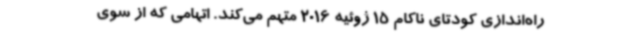
راه‌اندازی کودتای ناکام 15 ژوئیه 2016 متهم می‌کند. اتهامی که از سوی